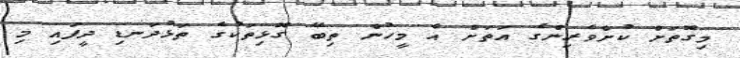
މިގޮތަށް ކުށްވެރިންގެ އަތަށް އެ މީހުން ތިބޭ ގޮޅިތަކުގެ ތަޅުދަނޑި ދީފައި މި